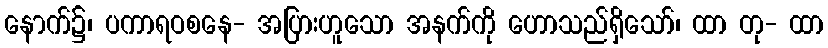
နောက်၌၊ ပကာရဝစနေ- အပြားဟူသော အနက်ကို ဟောသည်ရှိသော်၊ ထာ တု- ထာ